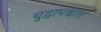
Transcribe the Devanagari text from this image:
युद्धापश्चात